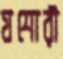
যশোরী